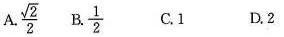
A.$$\frac{ \sqrt{2}}{2}$$ B.$$\frac{1}{2}$$ C.1 D.2